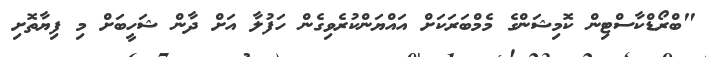
"ބްރޯޑްކާސްޓިން ކޮމިޝަންގެ މެމްބަރަކަށް އައްޔަންކުރެވިގެން ހަފުލާ އަށް ދާން ޝަހީބަށް މި ފިޔާތޮށި